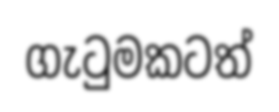
ගැටුමකටත්